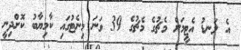
އެ ލަނޑު އެޓީމަށް މެޗުގެ މެޗުގެ 39 ވަނަ މިނެޓުގައި ކާމިޔާބު ކޮށްދިނީ